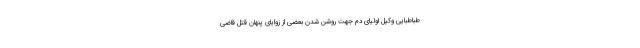
طباطبایی وکیل اولیای دم جهت روشن شدن بعضی از زوایای پنهان قتل قاضی